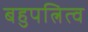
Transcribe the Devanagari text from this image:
बहुपत्नित्व